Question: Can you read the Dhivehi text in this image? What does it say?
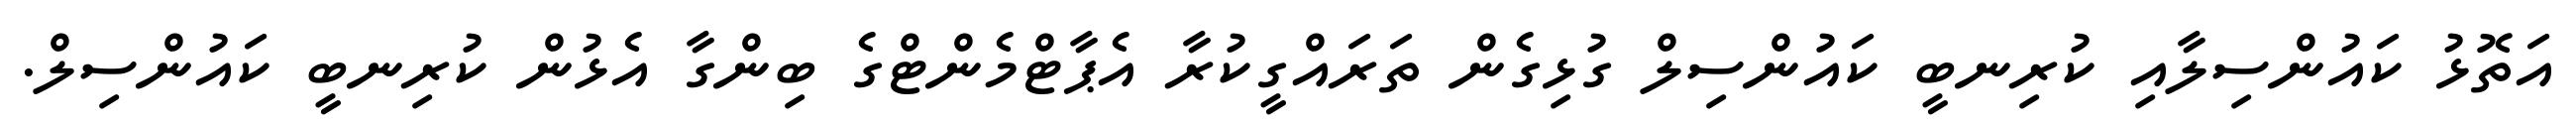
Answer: އަތޮޅު ކައުންސިލާއި ކުރިނބީ ކައުންސިލް ގުޅިގެން ތަރައްގީކުރާ އެޕާޓްމެންޓްގެ ބިންގާ އެޅުން ކުރިނބީ ކައުންސިލް.